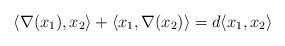
LaTeX: \begin{align*}\langle \nabla(x_1),x_2 \rangle+\langle x_1,\nabla(x_2)\rangle=d\langle x_1,x_2\rangle \end{align*}